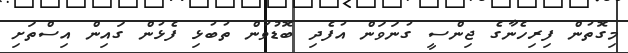
މިގޮތުން ފިރިހެނާގެ ޖިންސީ ގުނަވަން އުފެދި ބޮޑުވުން ތުބުޅި ފެޅުން ގައިން އިސްތަށި